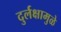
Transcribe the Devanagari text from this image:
दुर्लक्षामुळे